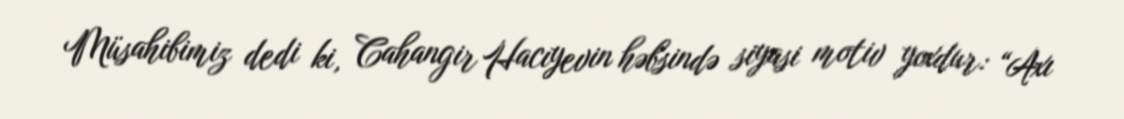
Müsahibimiz dedi ki, Cahangir Hacıyevin həbsində siyasi motiv yoxdur: “Axı